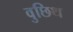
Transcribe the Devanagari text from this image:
वुछिथ